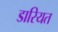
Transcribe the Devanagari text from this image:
डारियत